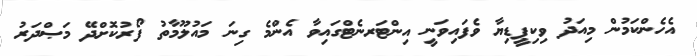
އެހެންކަމުން މިއަދު ވިކިޕީޑިޔާ ވެފައިވަނީ އިންޓަރނެޓްގައިވާ އެންމެ ގިނަ މައުލޫމާތު ފޯރުކޮށްދޭ މަޞްދަރު